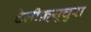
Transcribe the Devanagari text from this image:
टेलीफ़्यूचुरा